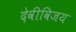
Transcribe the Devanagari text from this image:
देवीविजय